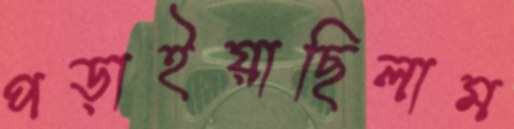
পড়াইয়াছিলাম